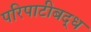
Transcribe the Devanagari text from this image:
परिपाटीबद्ध